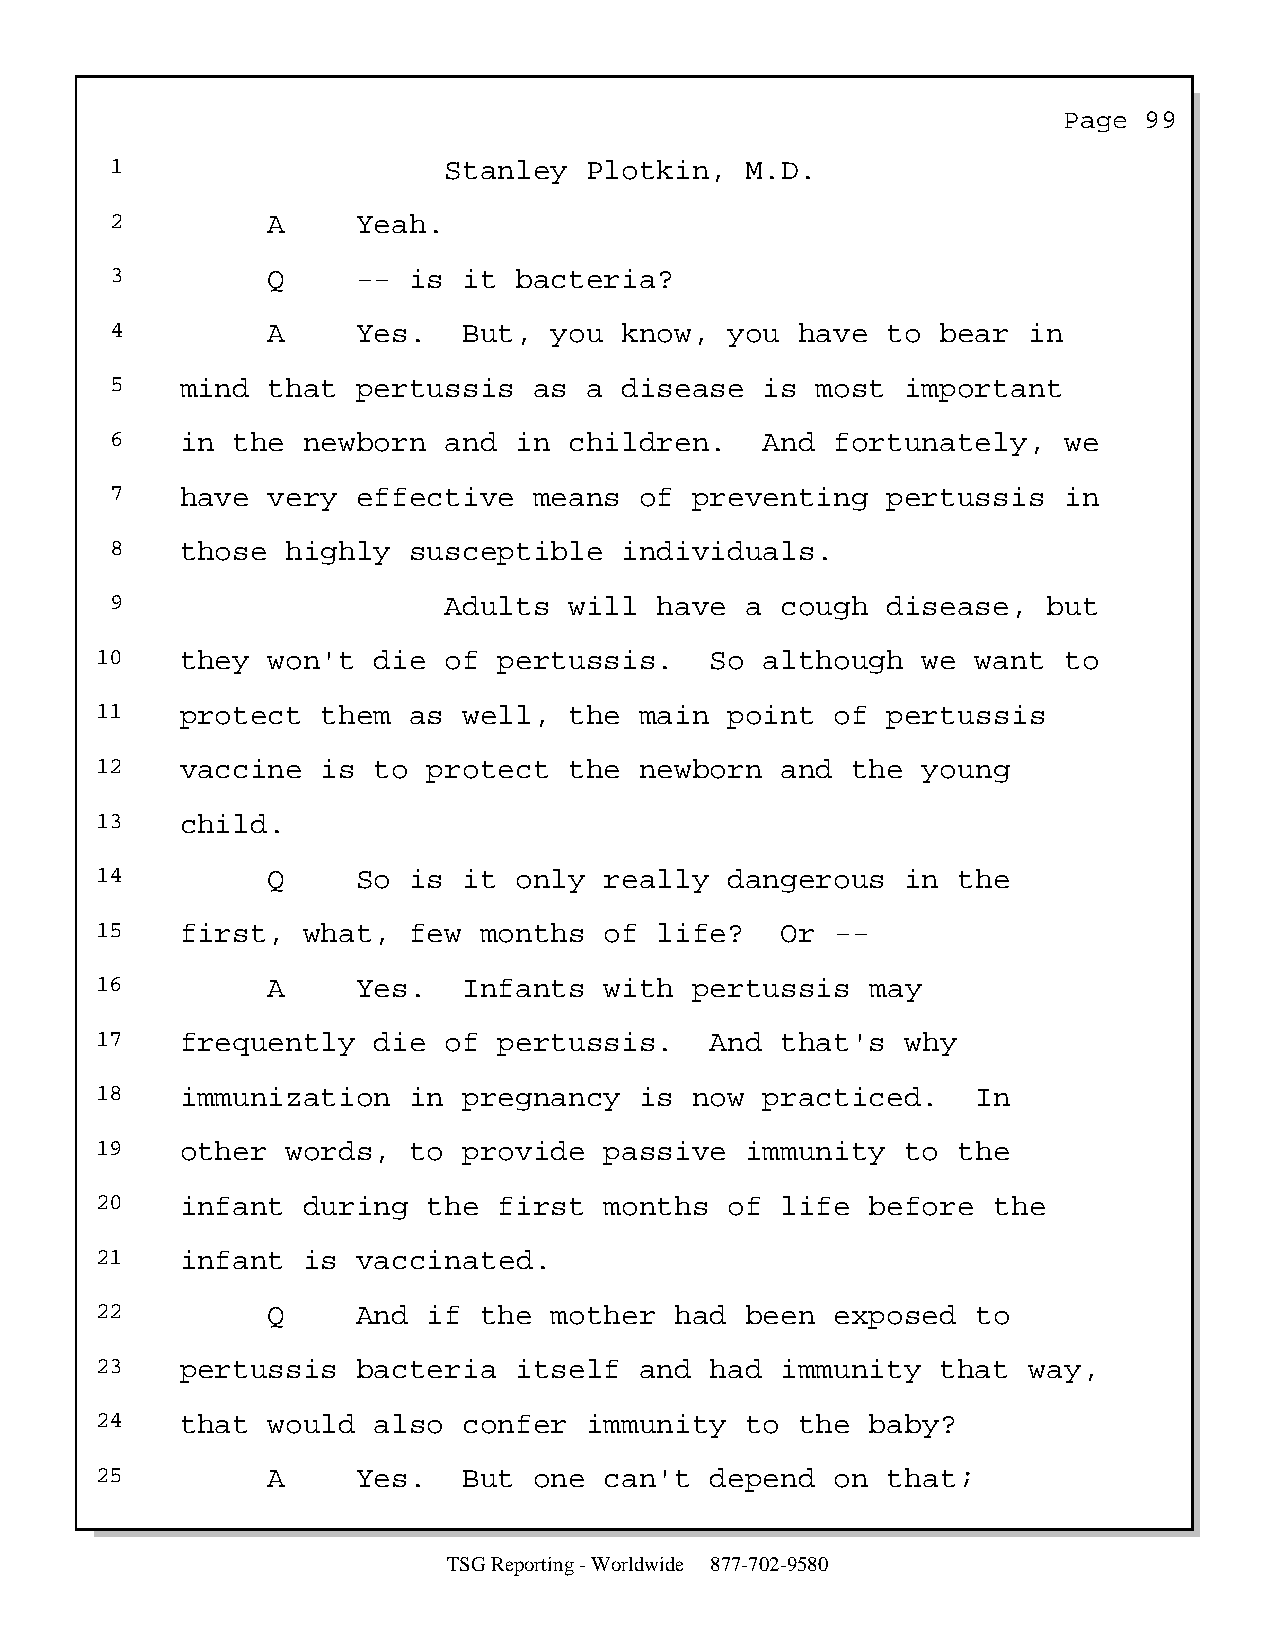
Page  99
 1                     Stanley   Plotkin,  M.D.
 2          A     Yeah.
 3          Q     -- is  it bacteria?
 4          A     Yes.   But, you  know,  you  have  to bear  in
 5    mind  that  pertussis  as  a disease   is most  important
 6    in the  newborn  and  in  children.    And fortunately,   we
 7    have  very  effective  means  of  preventing   pertussis  in
 8    those  highly  susceptible   individuals.
 9                     Adults   will  have a  cough  disease,  but
 10    they  won't  die of  pertussis.    So  although  we  want to
 11    protect  them  as  well,  the main  point  of  pertussis
 12    vaccine  is  to protect   the newborn   and the  young
 13    child.
 14          Q     So is  it only  really  dangerous   in the
 15    first,  what,  few  months  of  life?   Or --
 16          A     Yes.   Infants  with  pertussis   may
 17    frequently   die of  pertussis.    And  that's  why
 18    immunization   in  pregnancy  is  now  practiced.    In
 19    other  words,  to  provide  passive  immunity   to the
 20    infant  during  the  first  months  of  life  before  the
 21    infant  is  vaccinated.
 22          Q     And if  the mother   had been  exposed   to
 23    pertussis   bacteria  itself  and  had  immunity  that  way,
 24    that  would  also  confer  immunity  to  the  baby?
 25          A     Yes.   But one  can't  depend  on  that;
 TSG Reporting - Worldwide 877-702-9580